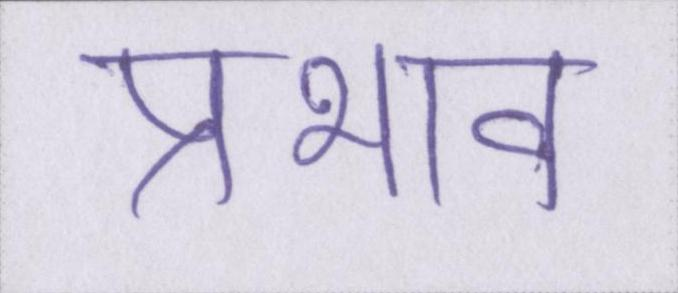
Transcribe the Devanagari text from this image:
प्रभाव